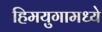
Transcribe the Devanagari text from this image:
हिमयुगामध्ये